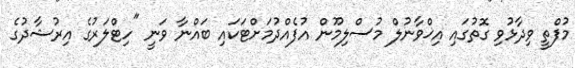
މުފްތީ ވިދާޅުވި ގޮތުގައި އިޚްވާނުލް މުސްލިމޫން އުފެއްދުމަށްޓަކައި ބައްނާ ވަނީ "ހިޓްލަރުގެ އިރުޝާދުގެ